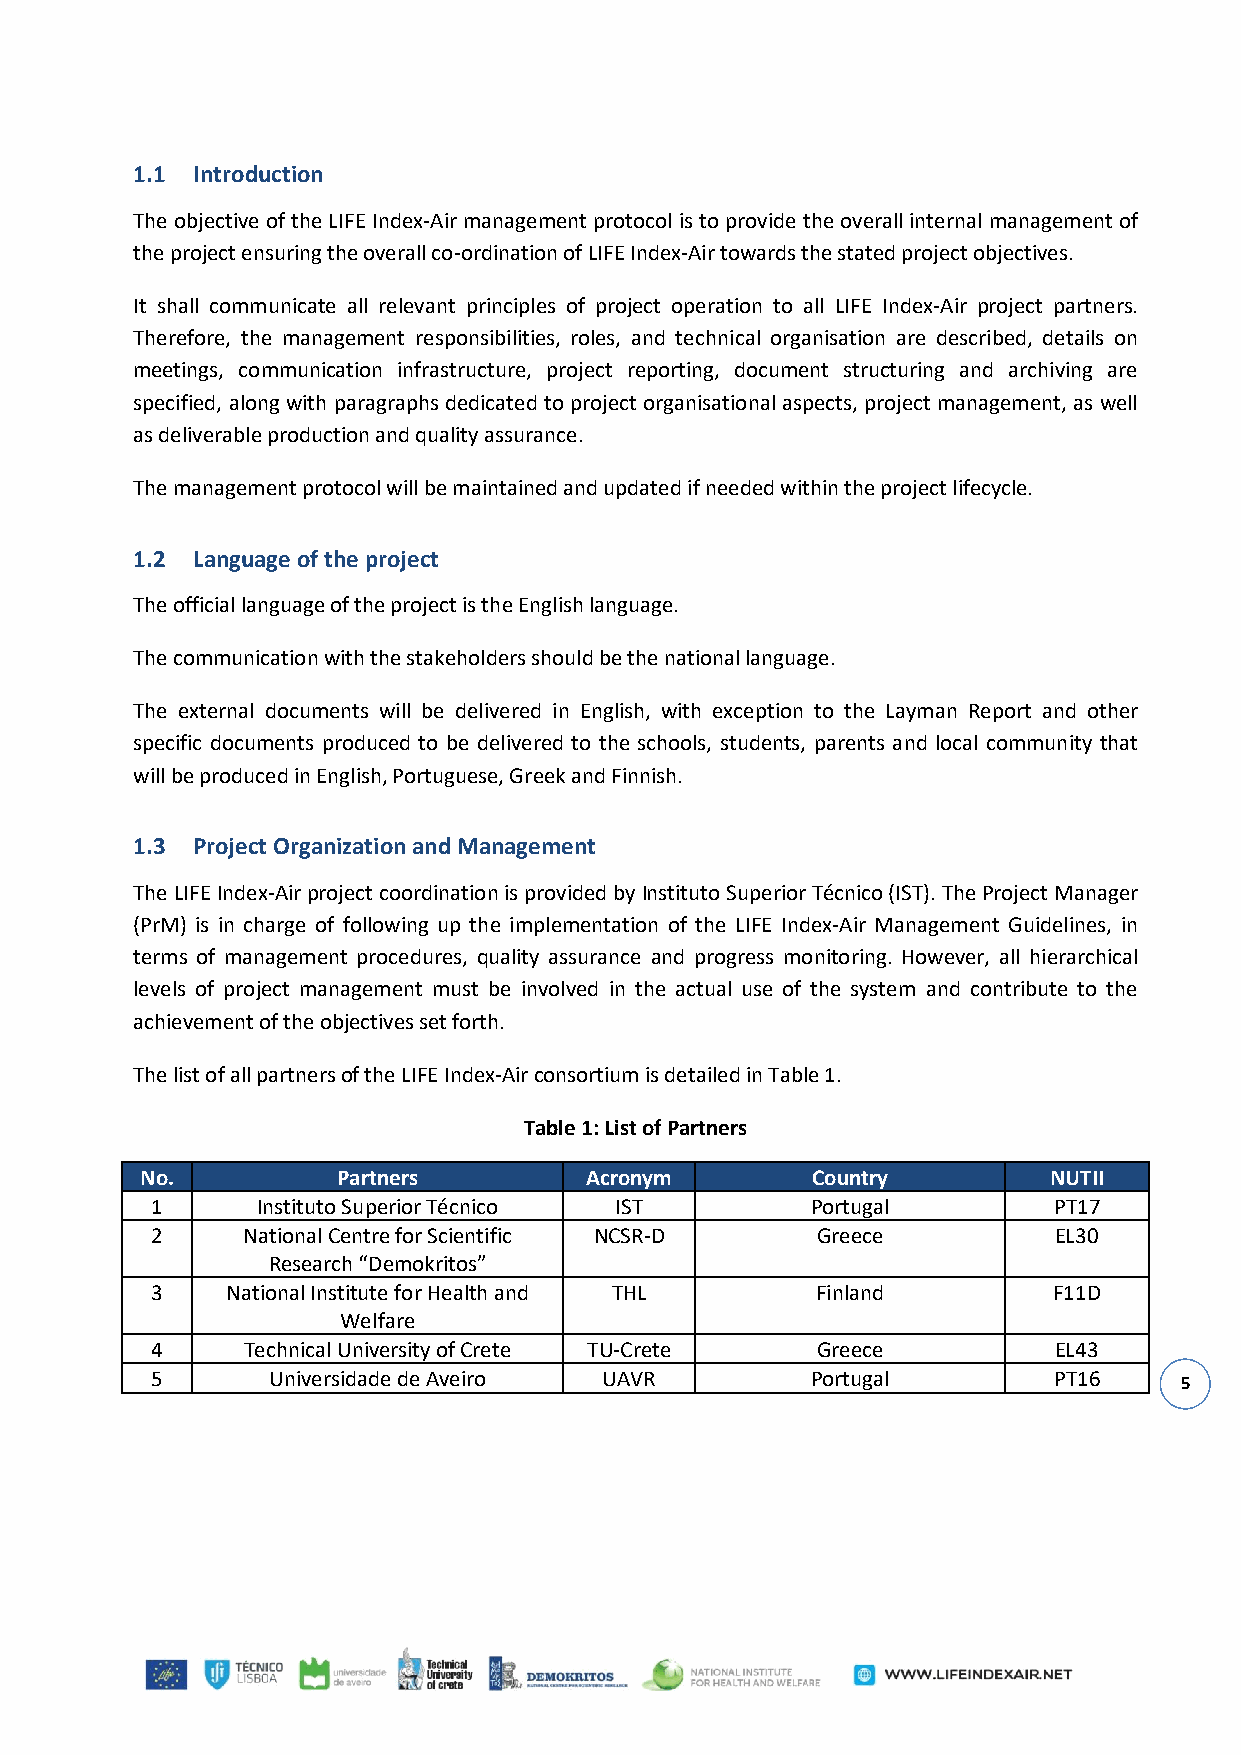
1.1 Introduction
 The objective of the LIFE Index-Air management protocol is to provide the overall internal management of
 the project ensuring the overall co-ordination of LIFE Index-Air towards the stated project objectives.
 It shall communicate all relevant principles of project operation to all LIFE Index-Air project partners.
 Therefore, the management responsibilities, roles, and technical organisation are described, details on
 meetings, communication infrastructure, project reporting, document structuring and archiving are
 specified, along with paragraphs dedicated to project organisational aspects, project management, as well
 as deliverable production and quality assurance.
 The management protocol will be maintained and updated if needed within the project lifecycle.
 1.2 Language of the project
 The official language of the project is the English language.
 The communication with the stakeholders should be the national language.
 The external documents will be delivered in English, with exception to the Layman Report and other
 specific documents produced to be delivered to the schools, students, parents and local community that
 will be produced in English, Portuguese, Greek and Finnish.
 1.3 Project Organization and Management
 The LIFE Index-Air project coordination is provided by Instituto Superior Técnico (IST). The Project Manager
 (PrM) is in charge of following up the implementation of the LIFE Index-Air Management Guidelines, in
 terms of management procedures, quality assurance and progress monitoring. However, all hierarchical
 levels of project management must be involved in the actual use of the system and contribute to the
 achievement of the objectives set forth.
 The list of all partners of the LIFE Index-Air consortium is detailed in Table 1.
 Table 1: List of Partners
 No.          Partners         Acronym        Country        NUTII
 1      Instituto Superior Técnico IST       Portugal        PT17
 2     National Centre for Scientific NCSR-D Greece          EL30
 Research “Demokritos”
 3    National Institute for Health and THL  Finland         F11D
 Welfare
 4     Technical University of Crete TU-Crete Greece         EL43
 5       Universidade de Aveiro UAVR         Portugal        PT16    5